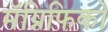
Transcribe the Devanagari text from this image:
मॅग्निफिको